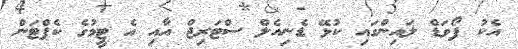
އެކު ފޯވަޑް ލައިންގައި ކުޅޭ ޑެނިއެލް ސްޓަރިޖް އާއި އެ ޓީމުގެ ކެޕްޓަން